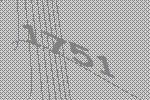
1751